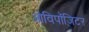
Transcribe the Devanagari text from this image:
ओविपॉज़िटर